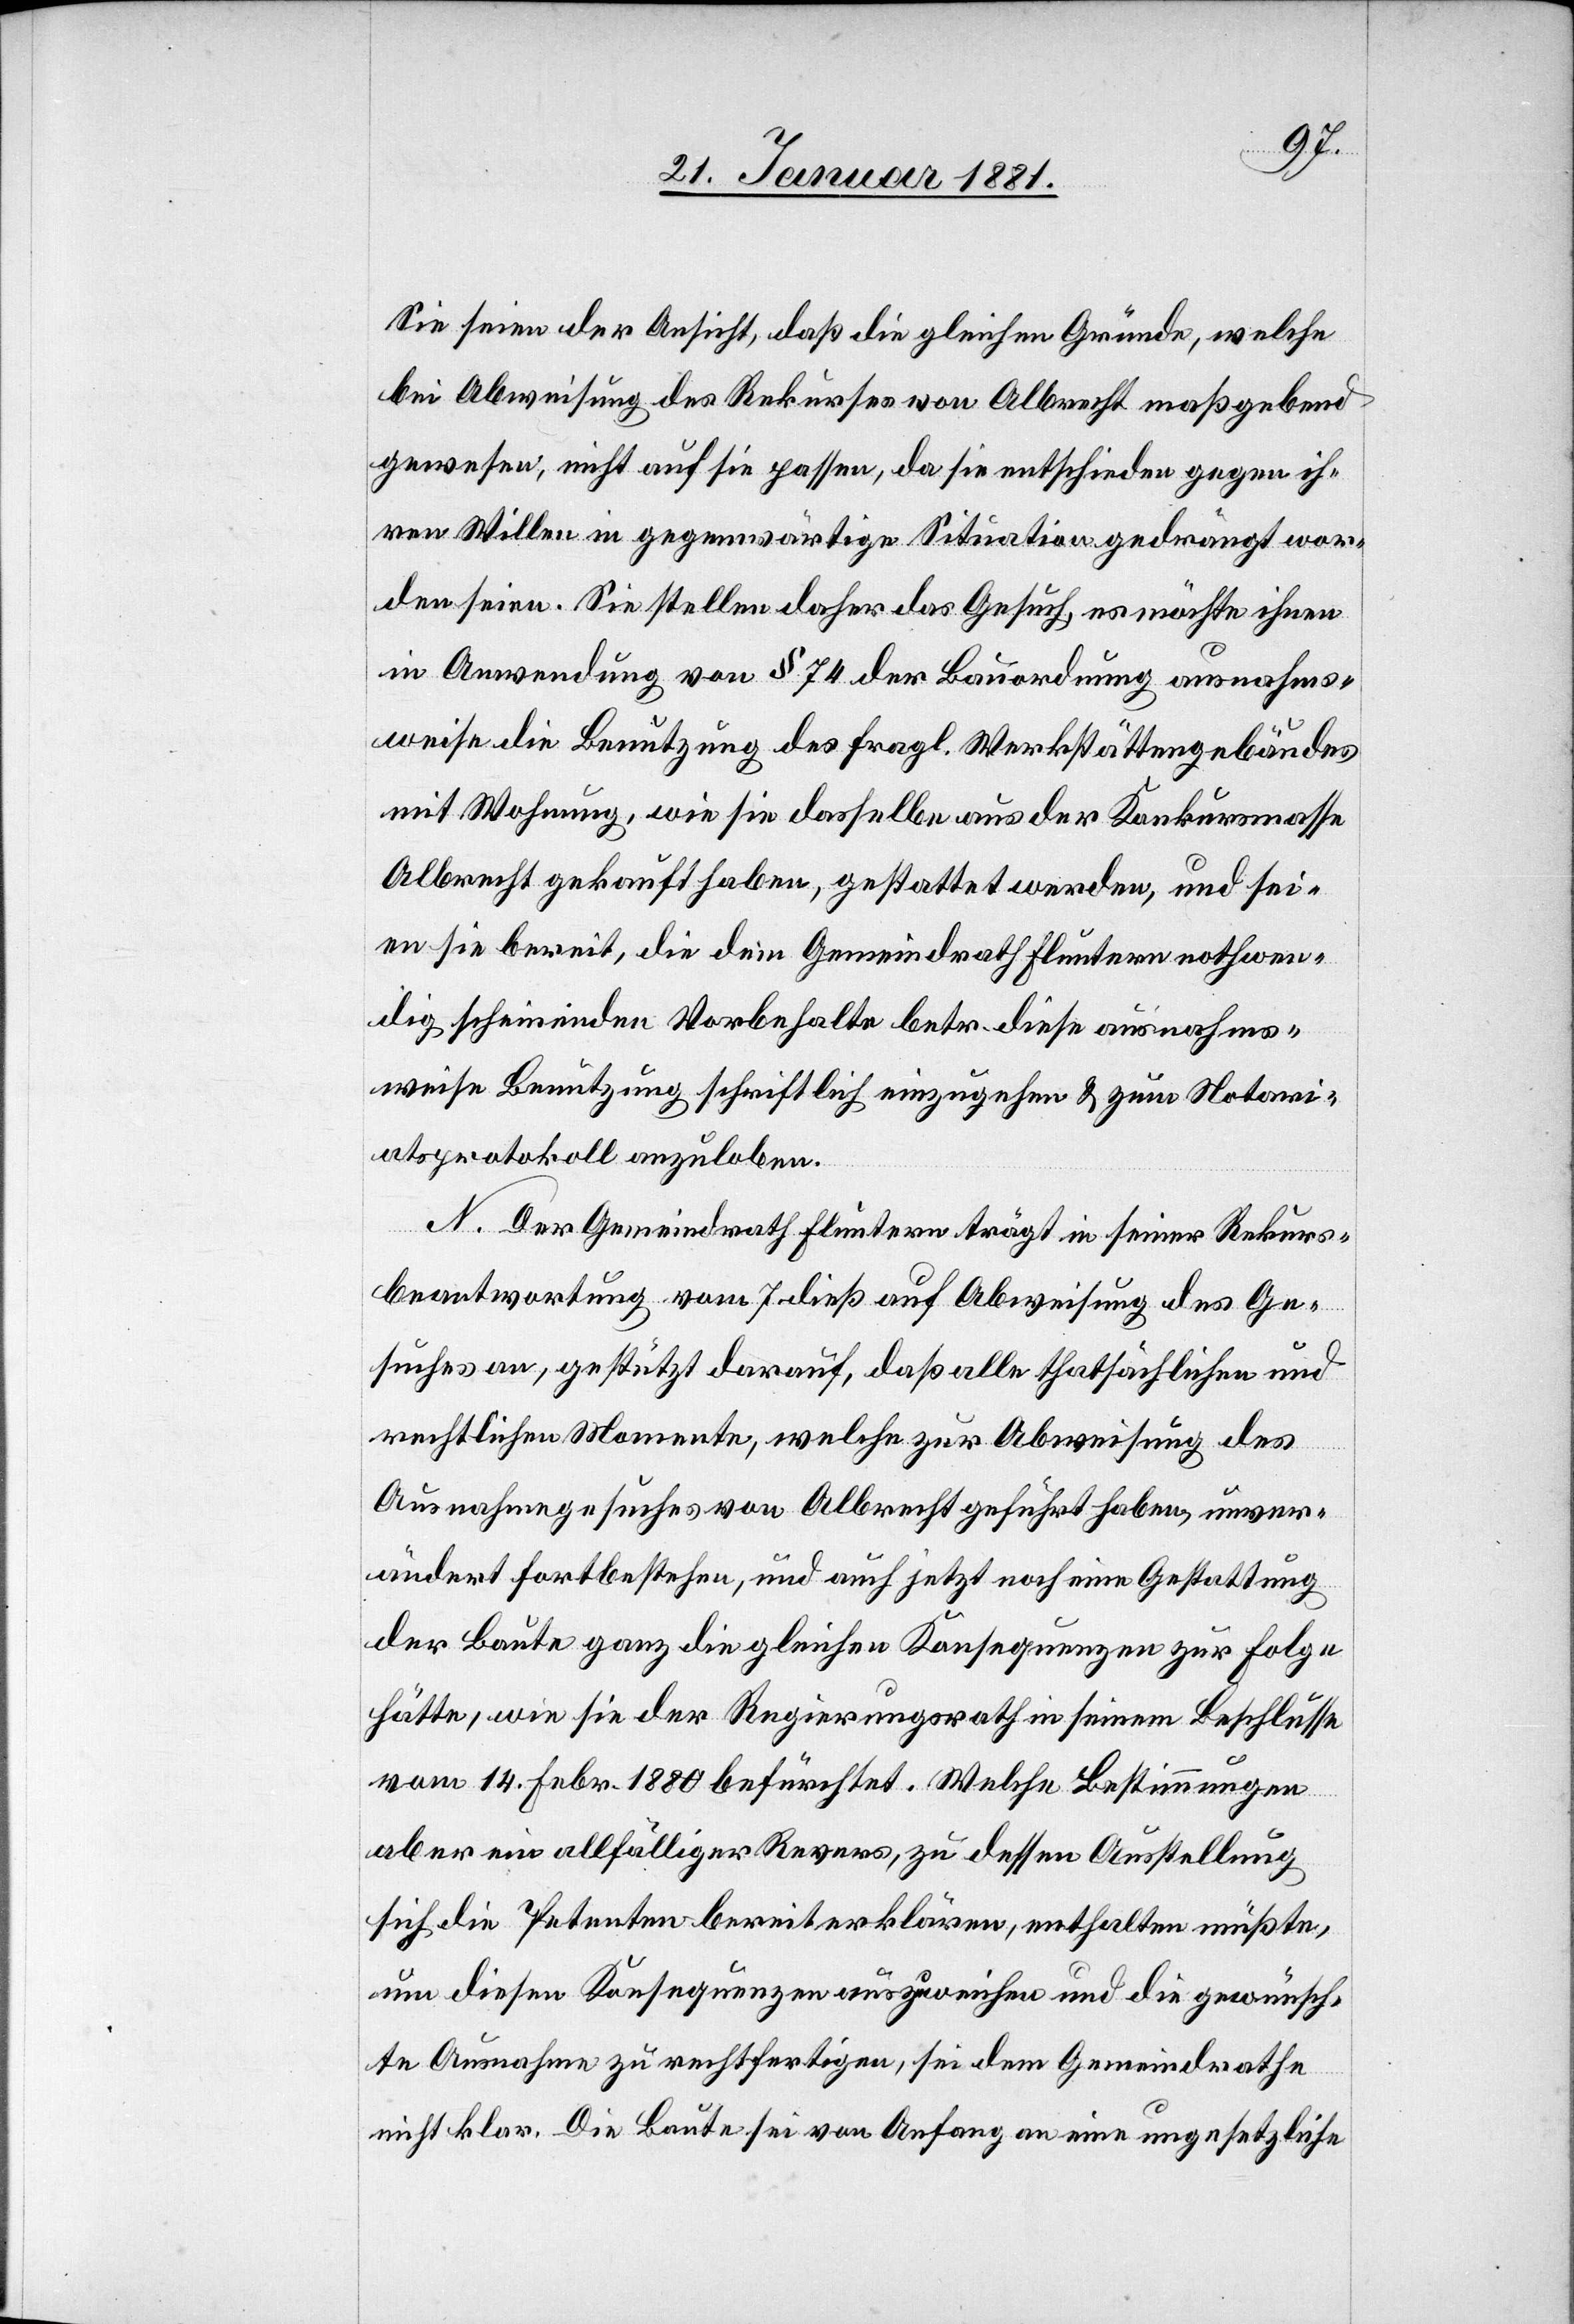
Sie seien der Ansicht, daß die gleichen Gründe, welche
bei Abweisung des Rekurses von Albrecht maßgebend
gewesen, nicht auf sie passen, da sie entschieden gegen ih¬
ren Willen in gegenwärtige Situation gedrängt wor¬
den seien. Sie stellen daher das Gesuch, es möchte ihnen
in Anwendung von § 74 der Bauordnung ausnahms¬
weise die Benutzung des fragl. Werkstättengebäudes
mit Wohnung, wie sie dasselbe aus der Konkursmasse
Albrecht gekauft haben, gestattet werden, und sei¬
en sie bereit, die dem Gemeindrath Fluntern nothwen¬
dig scheinenden Vorbehalte betr. diese ausnahms¬
weise Benutzung schriftlich einzugehen & zum Notari¬
atsprotokoll anzuloben.
N. Der Gemeindrath Fluntern trägt in seiner Rekurs¬
beantwortung vom 7. dieß auf Abweisung des Ge¬
suches an, gestützt darauf, daß alle thatsächlichen und
rechtlichen Momente, welche zur Abweisung des
Ausnahmegesuches von Albrecht geführt haben, unver¬
ändert fortbestehen, und auch jetzt noch eine Gestattung
der Baute ganz die gleichen Konsequenzen zur Folge
hätte, wie sie der Regierungsrath in seinem Beschlusse
vom 14. Febr. 1880 befürchtet. Welche Bestimmungen
aber ein allfälliger Revers, zu dessen Ausstellung
sich die Petenten bereit erklären enthalten müßte,
um diesen Konsequenzen auszuweichen und die gewünsch¬
te Ausnahme zu rechtfertigen, sei dem Gemeindrathe
nicht klar. Die Baute sei von Anfang an eine ungesetzliche